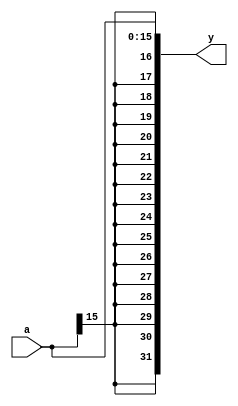
`timescale 1ns / 1ps
//////////////////////////////////////////////////////////////////////////////////
// Company: 
// Engineer: 
// 
// Design Name: 
// Module Name: signext
// Project Name: 
// Target Devices: 
// Tool Versions: 
// Description: 
// 
// Dependencies: 
// 
// Revision:
// Revision 0.01 - File Created
// Additional Comments:
// 
//////////////////////////////////////////////////////////////////////////////////


module signext(input [15:0]a,output [31:0]y);

assign y = {{16{a[15]}},a};

endmodule